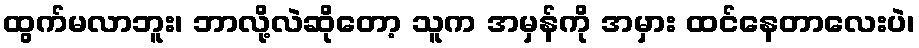
ထွက်မလာဘူး၊ ဘာလို့လဲဆိုတော့ သူက အမှန်ကို အမှား ထင်နေတာလေးပဲ၊